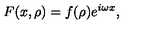
F ( x , \rho ) = f ( \rho ) e ^ { i \omega x } ,